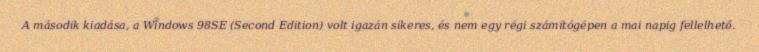
A második kiadása, a Windows 98SE (Second Edition) volt igazán sikeres, és nem egy régi számítógépen a mai napig fellelhető.